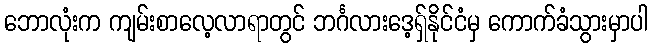
ဘောလုံးက ကျမ်းစာလေ့လာရာတွင် ဘင်္ဂလားဒေ့ရှ်နိုင်ငံမှ ကောက်ခံသွားမှာပါ